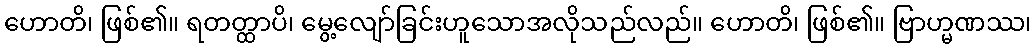
ဟောတိ၊ ဖြစ်၏။ ရတတ္ထာပိ၊ မွေ့လျော်ခြင်းဟူသောအလိုသည်လည်။ ဟောတိ၊ ဖြစ်၏။ ဗြာဟ္မဏဿ၊